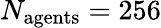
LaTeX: N_{\mathrm{agents}}=256